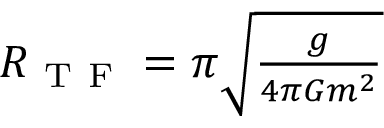
\begin{array} { r } { R _ { \mathrm { ~ T ~ F ~ } } = \pi \sqrt { \frac { g } { 4 \pi G m ^ { 2 } } } } \end{array}